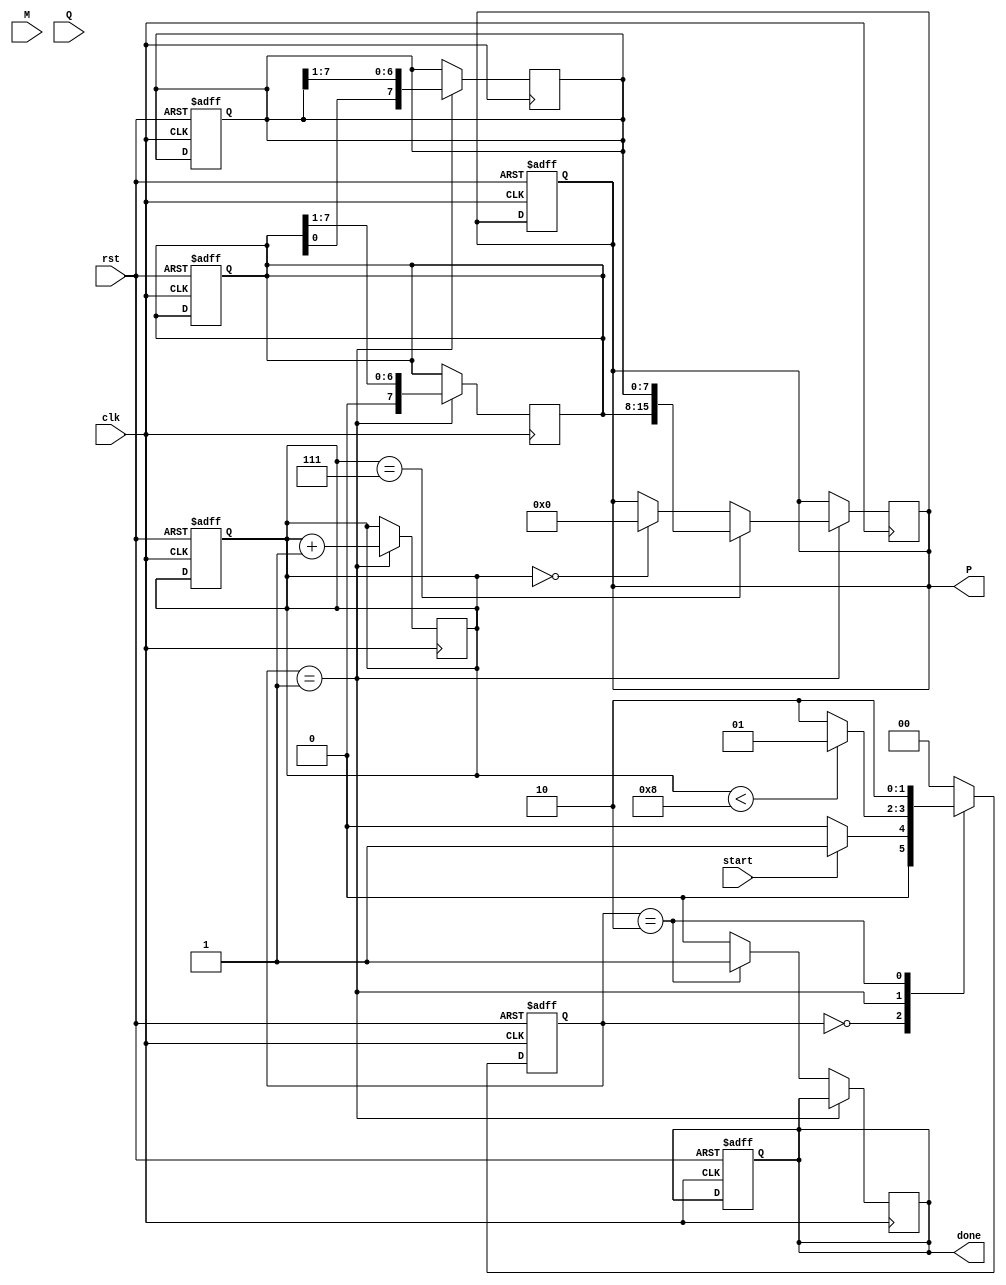
module modified_booth_multiplier #(parameter n = 8) (
    input wire clk,
    input wire rst,
    input wire start,
    input wire signed [n-1:0] M, // Multiplicand
    input wire signed [n-1:0] Q, // Multiplier
    output reg signed [2*n-1:0] P, // Product
    output reg done // Done signal
);

    reg [n-1:0] A; // Accumulator
    reg [n-1:0] Q_reg; // Multiplier register
    reg Q_neg; // Q[-1]
    reg [3:0] count; // Iteration counter

    // State machine states
    parameter IDLE = 2'b00, COMPUTE = 2'b01, DONE = 2'b10;
    reg [1:0] state, next_state;

    // State machine for control logic
    always @(posedge clk or posedge rst) begin
        if (rst) begin
            state <= IDLE;
            P <= 0;
            A <= 0;
            Q_reg <= 0;
            Q_neg <= 0;
            count <= 0;
            done <= 0;
        end else begin
            state <= next_state;
        end
    end

    // Next state logic
    always @(*) begin
        case (state)
            IDLE: begin
                if (start) begin
                    next_state = COMPUTE;
                end else begin
                    next_state = IDLE;
                end
            end
            COMPUTE: begin
                if (count < n) begin
                    next_state = COMPUTE;
                end else begin
                    next_state = DONE;
                end
            end
            DONE: begin
                next_state = DONE;
            end
            default: next_state = IDLE;
        endcase
    end

    // Main computation logic
    always @(posedge clk) begin
        if (state == COMPUTE) begin
            if (count == 0) begin
                A <= 0; // Initialize accumulator
                Q_reg <= Q; // Load multiplier
                Q_neg <= 0; // Initialize Q[-1]
                count <= 0; // Reset counter
                P <= 0; // Reset product
            end else begin
                case ({Q_reg[0], Q_neg}) // Booth encoding
                    2'b00: begin
                        // No operation
                    end
                    2'b01: begin
                        // Add M to A
                        A <= A + M;
                    end
                    2'b10: begin
                        // Subtract M from A
                        A <= A - M;
                    end
                    2'b11: begin
                        // No operation
                    end
                endcase
            end

            // Shift operation
            {A, Q_reg} <= {A, Q_reg} >> 1; // Arithmetic right shift
            Q_neg <= Q_reg[0]; // Update Q[-1]
            count <= count + 1; // Increment counter

            // Accumulate the result
            if (count == n - 1) begin
                P <= {A, Q_reg}; // Final product
            end
        end else if (state == DONE) begin
            done <= 1; // Set done signal
        end else begin
            done <= 0; // Clear done signal
        end
    end

endmodule